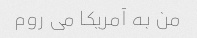
من به آمریکا می روم